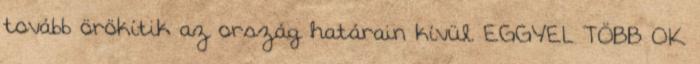
tovább örökítik az ország határain kívül. EGGYEL TÖBB OK